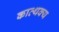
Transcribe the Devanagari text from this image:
कात्थक्य